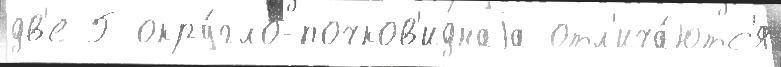
дв'е Г окру́гло-почков'иднаjа отл'ича́ютс'я